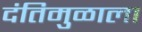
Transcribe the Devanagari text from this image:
दंतिमुळाला